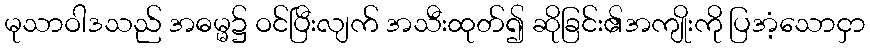
မုသာဝါဒသည် အဓမ္မ၌ ဝင်ပြီးလျက် အသီးထုတ်၍ ဆိုခြင်း၏အကျိုးကို ပြအံ့သောငှာ